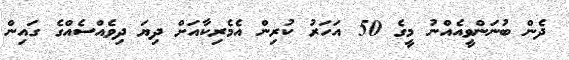
ދެން ބުނަންވީއެއްނު މީގެ 50 އަހަރު ކުރިން އެމެރިކާއަށް ދިޔަ ދިވެއްސެއްގެ ގައިން